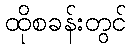
ထိုစခန်းတွင်